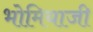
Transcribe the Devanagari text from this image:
भोमियाजी